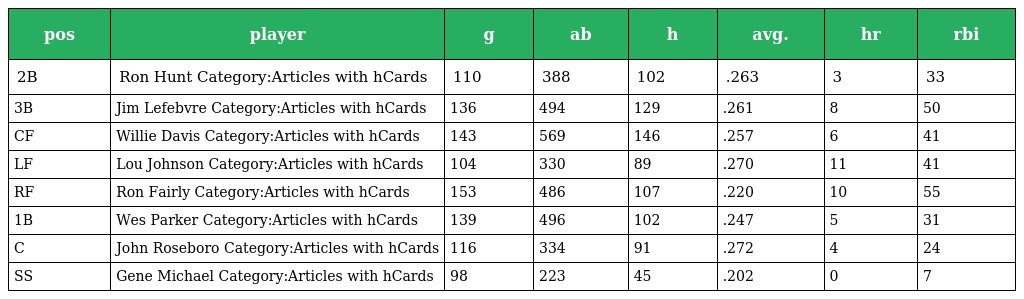
| pos | player | g | ab | h | avg. | hr | rbi |
 | --- | --- | --- | --- | --- | --- | --- | --- |
 | 2B | Ron Hunt Category:Articles with hCards | 110 | 388 | 102 | .263 | 3 | 33 |
 | 3B | Jim Lefebvre Category:Articles with hCards | 136 | 494 | 129 | .261 | 8 | 50 |
 | CF | Willie Davis Category:Articles with hCards | 143 | 569 | 146 | .257 | 6 | 41 |
 | LF | Lou Johnson Category:Articles with hCards | 104 | 330 | 89 | .270 | 11 | 41 |
 | RF | Ron Fairly Category:Articles with hCards | 153 | 486 | 107 | .220 | 10 | 55 |
 | 1B | Wes Parker Category:Articles with hCards | 139 | 496 | 102 | .247 | 5 | 31 |
 | C | John Roseboro Category:Articles with hCards | 116 | 334 | 91 | .272 | 4 | 24 |
 | SS | Gene Michael Category:Articles with hCards | 98 | 223 | 45 | .202 | 0 | 7 |